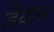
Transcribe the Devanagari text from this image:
डैयान